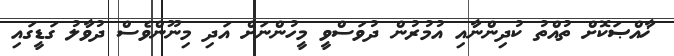
ޚާއްޞަކޮށް ތުއްތު ކުދިންނާއި އުމުރުން ދުވަސްވީ މީހުންނަށް އަދި މިނޫންވެސް ދުވާލު ގަޑީގައި